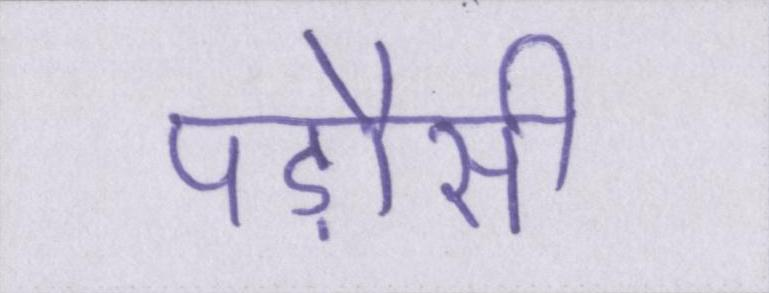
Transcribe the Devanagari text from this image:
पड़ौसी